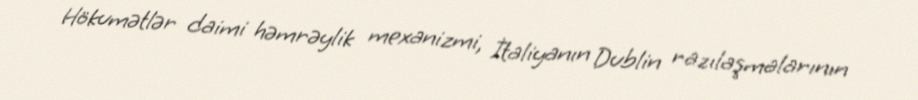
Hökumətlər daimi həmrəylik mexanizmi, İtaliyanın Dublin razılaşmalarının